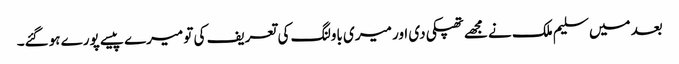
بعد میں سلیم ملک نے مجھے تھپکی دی اور میری باولنگ کی تعریف کی تو میرے پیسے پورے ہوگئے۔